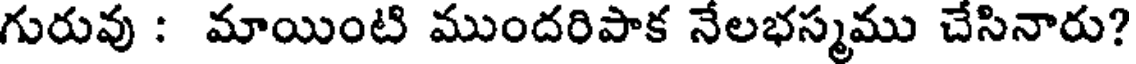
గురువు : మాయింటి ముందరిపాక నేలభస్మము చేసినారు?